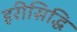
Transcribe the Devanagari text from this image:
हरीसिद्धि